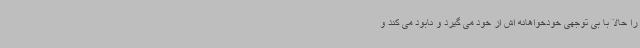
را حالا با بی توجهی خودخواهانه اش از خود می گیرد و نابود می کند و